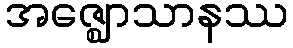
အဇ္ဈောသာနဿ